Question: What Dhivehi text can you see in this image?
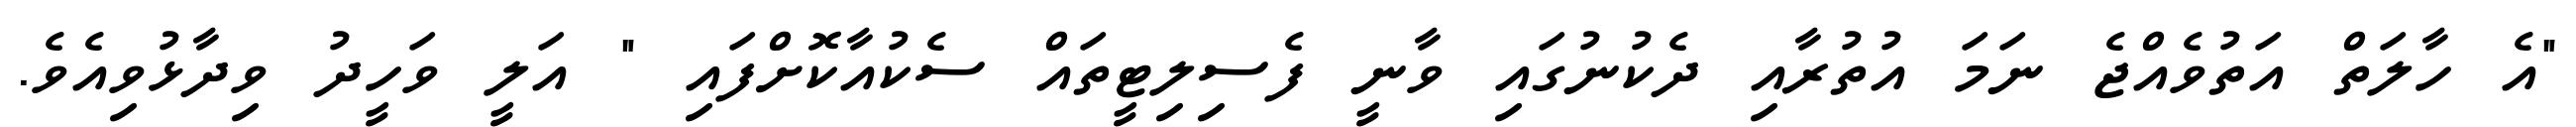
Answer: "އެ ހާލަތް އަތުވެއްޖެ ނަމަ އުތުރާއި ދެކުނުގައި ވާނީ ފެސިލިޓީތައް ސެކުއާކޮށްފައި " އަލީ ވަހީދު ވިދާޅުވިއެވެ.